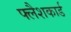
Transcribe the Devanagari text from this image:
फ्लैशकार्ड